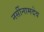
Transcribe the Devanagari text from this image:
नर्सीनामदेव